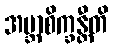
အဗ္ဘာစိက္ခန္တီတိ